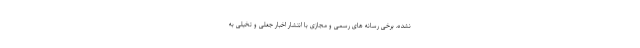
نشده، برخی رسانه های رسمی و مجازی با انتشار اخبار جعلی و تخیلی به